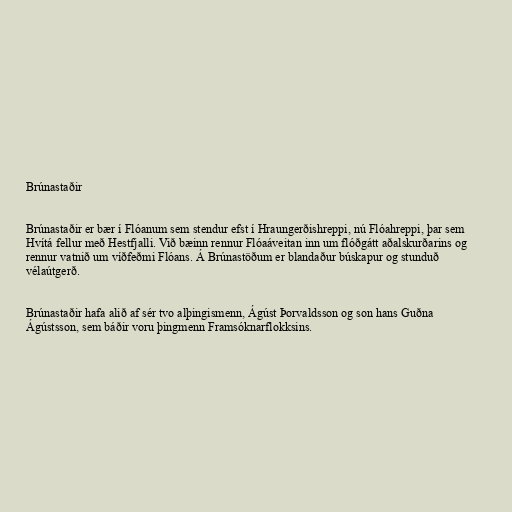
Brúnastaðir

Brúnastaðir er bær í Flóanum sem stendur efst í Hraungerðishreppi, nú Flóahreppi, þar sem
Hvítá fellur með Hestfjalli. Við bæinn rennur Flóaáveitan inn um flóðgátt aðalskurðarins og
rennur vatnið um víðfeðmi Flóans. Á Brúnastöðum er blandaður búskapur og stunduð
vélaútgerð.

Brúnastaðir hafa alið af sér tvo alþingismenn, Ágúst Þorvaldsson og son hans Guðna
Ágústsson, sem báðir voru þingmenn Framsóknarflokksins.